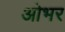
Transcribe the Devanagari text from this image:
ओभर